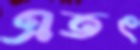
এতৎ